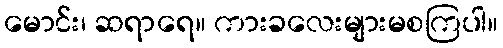
မောင်း၊ ဆရာရေ။ ကားခလေးများမစကြပါ။